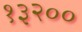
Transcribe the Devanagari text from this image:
१३२००